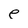
Character: e